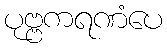
ပုဗ္ဗကရဏံပေ